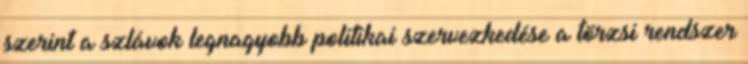
szerint a szlávok legnagyobb politikai szervezkedése a törzsi rendszer